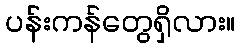
ပန်းကန်တွေရှိလား။